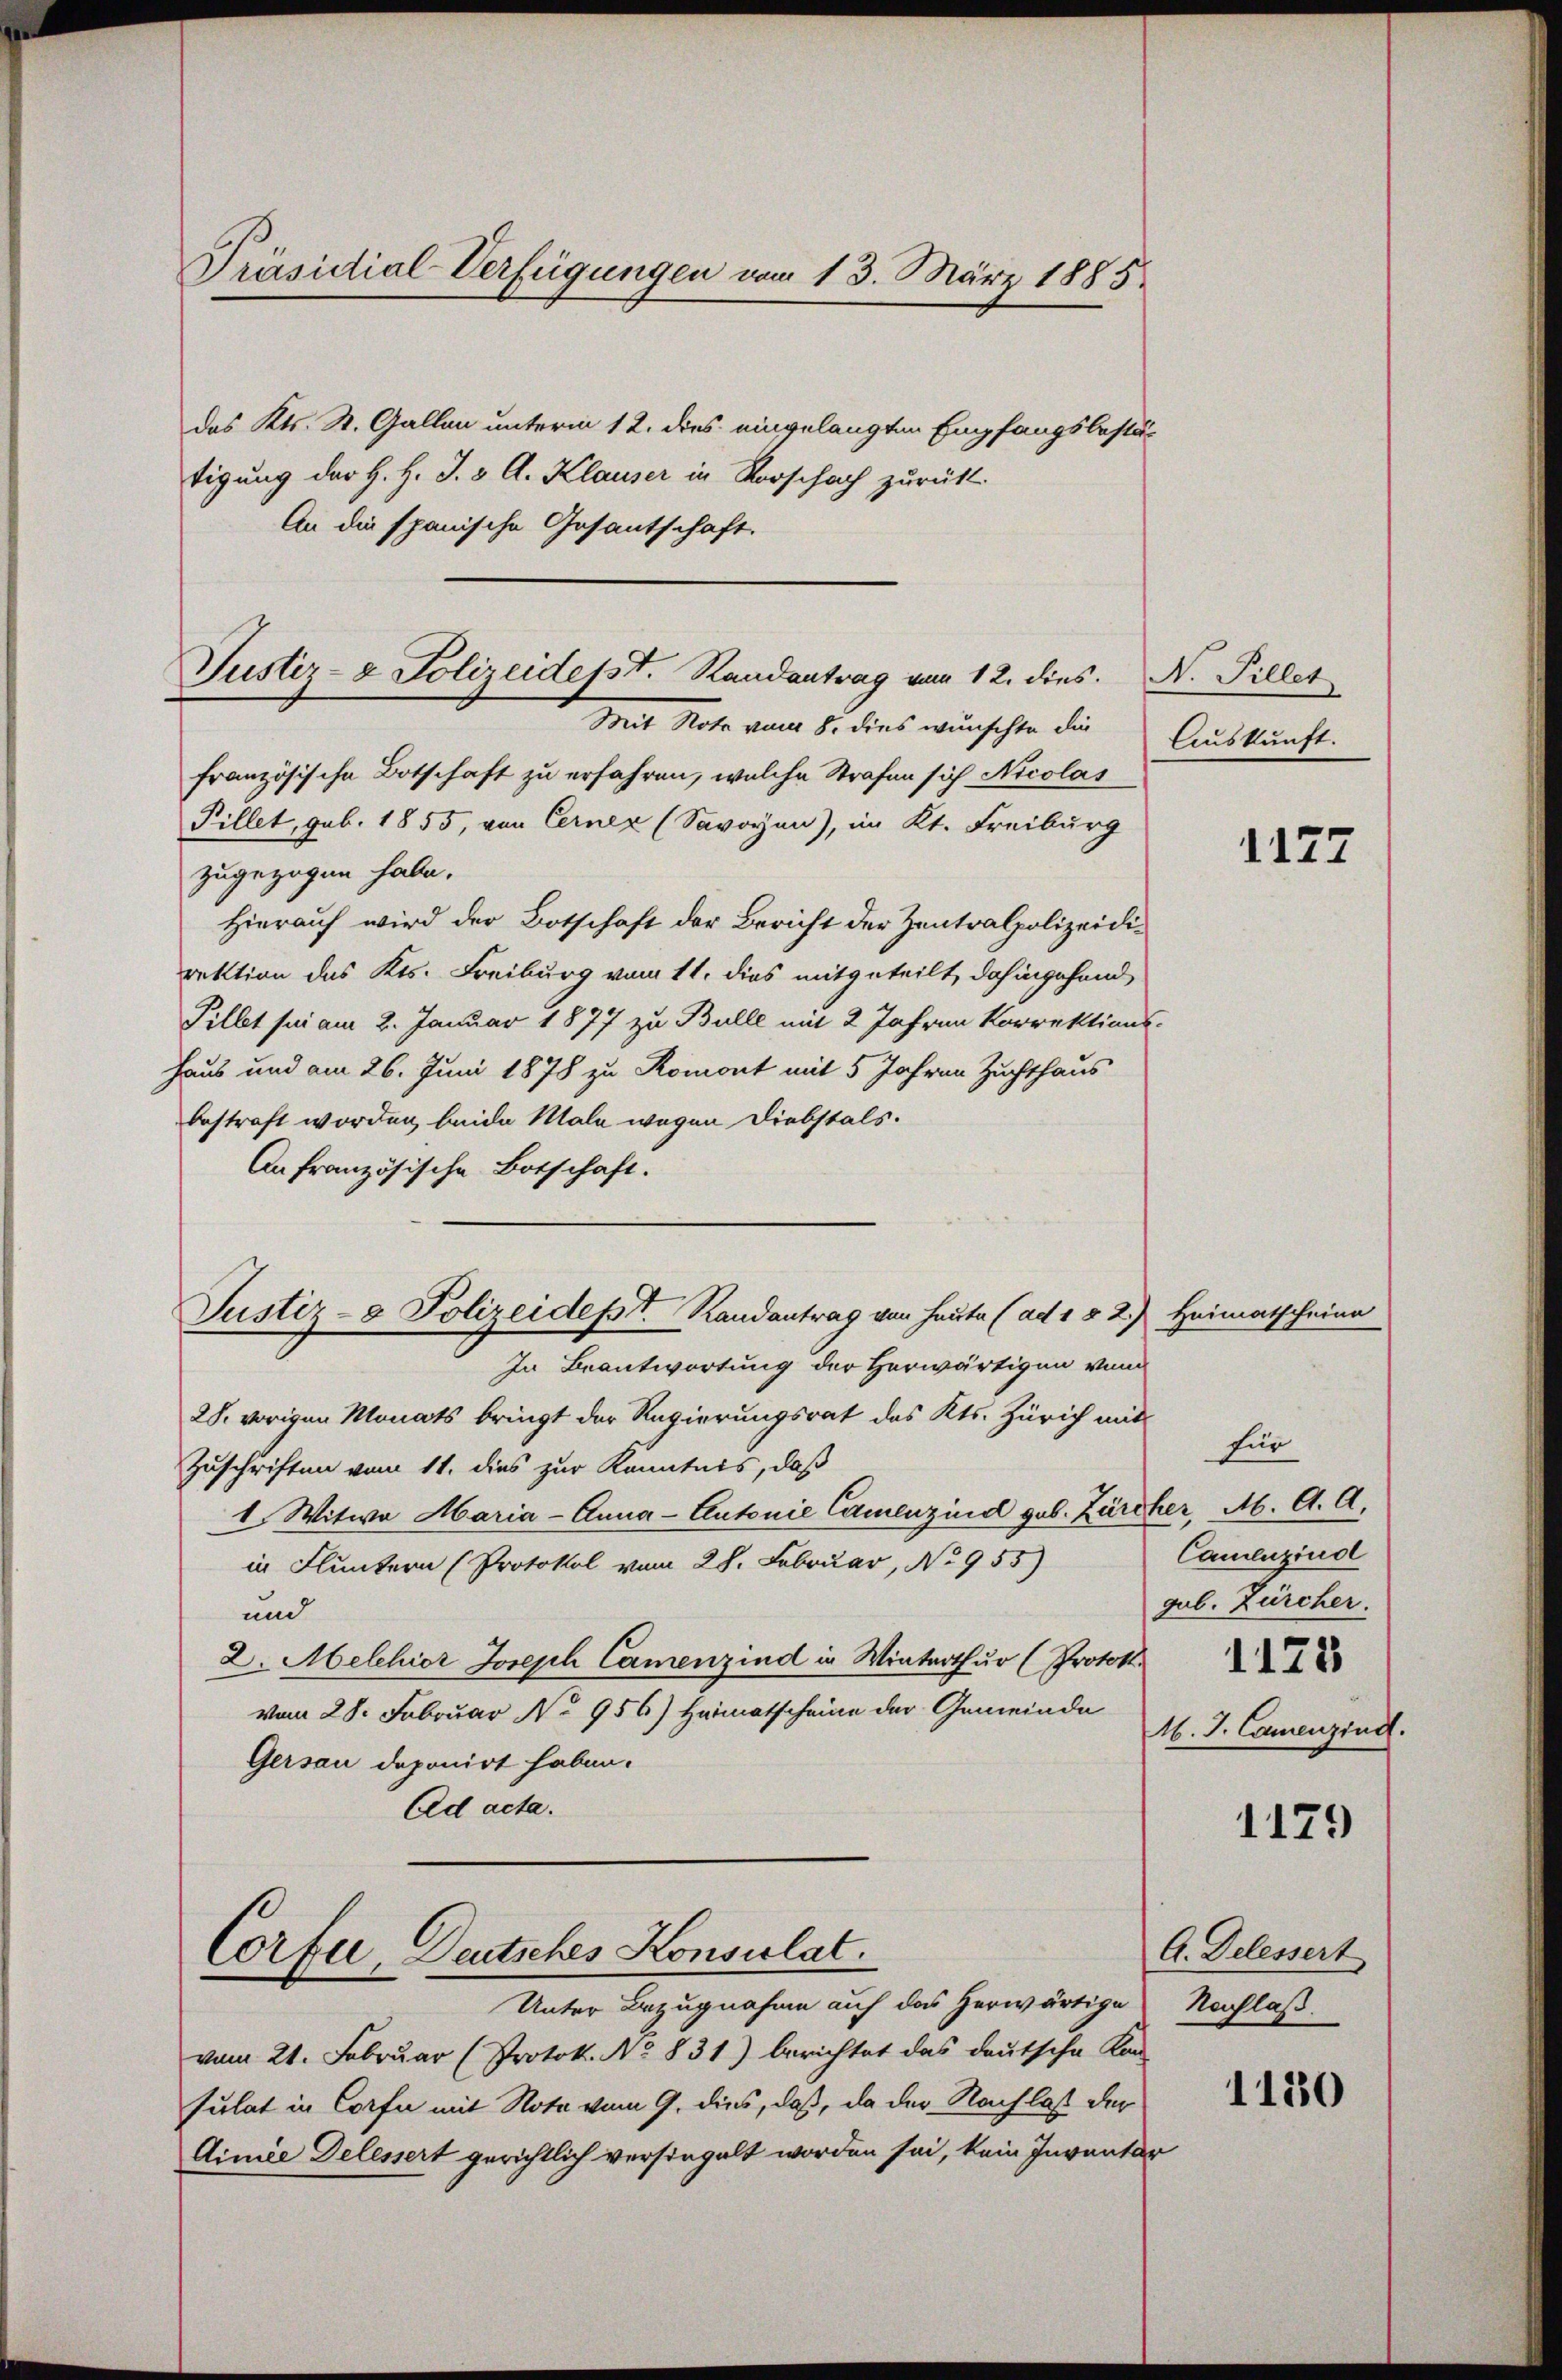
Präsidial-Verfügungen vom 13. März 1885.

das Kts. St. Gallen unterm 12. dies eingelangten Empfangsbestä-
tigung der H. H. S. 3 A. Klauser in Vorschach zurückt.
An die spanische Gesantschaft.
französische Botschaft zu erfahren, welche Strafen sich Nicolas
Pillet, geb. 1855, von Cerner (Savoyen), im Kt. Freiburg
zugezogen habe.
Hierauf wird der Botschaft der Bericht der Zentralpolizeidirektion des Kts. Freiburg vom 11. dies mitgeteilt, dahingehend
Pillet sei am 2. Januar 1877 zu Bulle mit 2 Jahren Korrektions-
Haus und am 26. Juni 1878 zu Romont mit 5 Jahren Zuchthaus
bestraft worden, beide Male wegen Diebstals.
An französische Botschaft.
Justiz- & Polizeidept. Randantrag von heute (ad 1 § 2.) Heimatscheine
In Beantwortung der Herwärtigen von
28. vorigen Monats bringt der Regierungsrat des Kts. Zürich mit
Zuschriften vom 11. dies zur Kenntnis, daß
1. Witwe Maria - Anna - Antonie Camenzind geb. Zürcher, M. A. A.
in Fluntern (Protokol vom 28. Februar, No 955)
und
2. Melchior Joseph Camenzind in Winterthur (Protok
vom 28. Februar No 956) Heimatscheine der Gemeinde
Gersau deponirt haben.
Ad acta.

Justiz- & Polizeidesst. Randantrag vom 12. dies. N. Pillet
Mit Note vom 8. dies wünschte die

Corfer, Deutsches Konsulat.

Auskunft.

Unter Bezugnahme auf das herwärtige Nachlaß.
vom 21. Februar (Protok. No 831) berichtet das deutsche Kon-
sulat in Corfe mit Nota vom 9. dies, daß, da der Nachlas der
Ainie Delessert gerichtlich versingelt worden sei, kein Inventar

1127

für
Camluziud
gub. Zürcher.
M. J. Camenzind.

1179

A. Delessert

1180